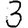
Digit: 3